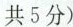
共5分)